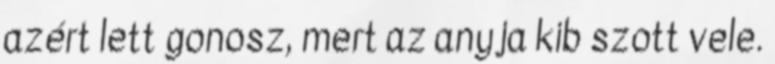
azért lett gonosz, mert az anyja kib szott vele.